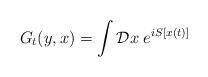
LaTeX: \begin{align*}G_t(y,x)=\int {\cal D} x \; e^{ i S [ x(t)] }\end{align*}